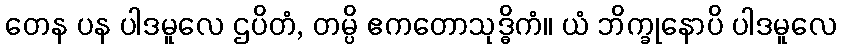
တေန ပန ပါဒမူလေ ဌပိတံ, တမ္ပိ ဧကတောသုဒ္ဓိကံ။ ယံ ဘိက္ခုနောပိ ပါဒမူလေ